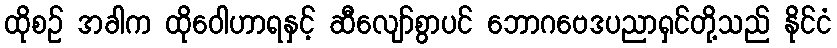
ထိုစဉ် အခါက ထိုဝေါဟာရနှင့် ဆီလျော်စွာပင် ဘောဂဗေဒပညာရှင်တို့သည် နိုင်ငံ